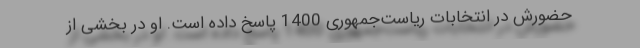
حضورش در انتخابات ریاست‌جمهوری 1400 پاسخ داده است. او در بخشی از